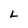
Character: L